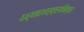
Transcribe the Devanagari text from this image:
धर्मशास्त्रनिबन्ध